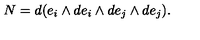
N = d ( e _ { i } \wedge d e _ { i } \wedge d e _ { j } \wedge d e _ { j } ) .